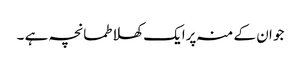
جو ان کے منہ پرایک کھلا طمانچہ ہے ۔